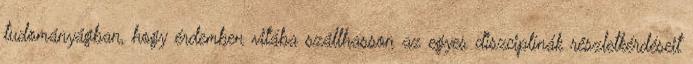
tudományágban, hogy érdemben vitába szállhasson az egyes diszciplínák részletkérdéseit